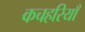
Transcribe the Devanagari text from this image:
कचहरियाँ